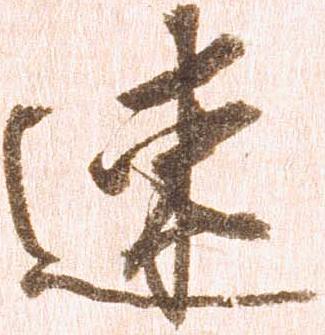
速